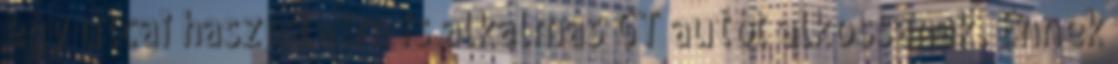
egy utcai használatra is alkalmas GT autót alkossanak. Ennek